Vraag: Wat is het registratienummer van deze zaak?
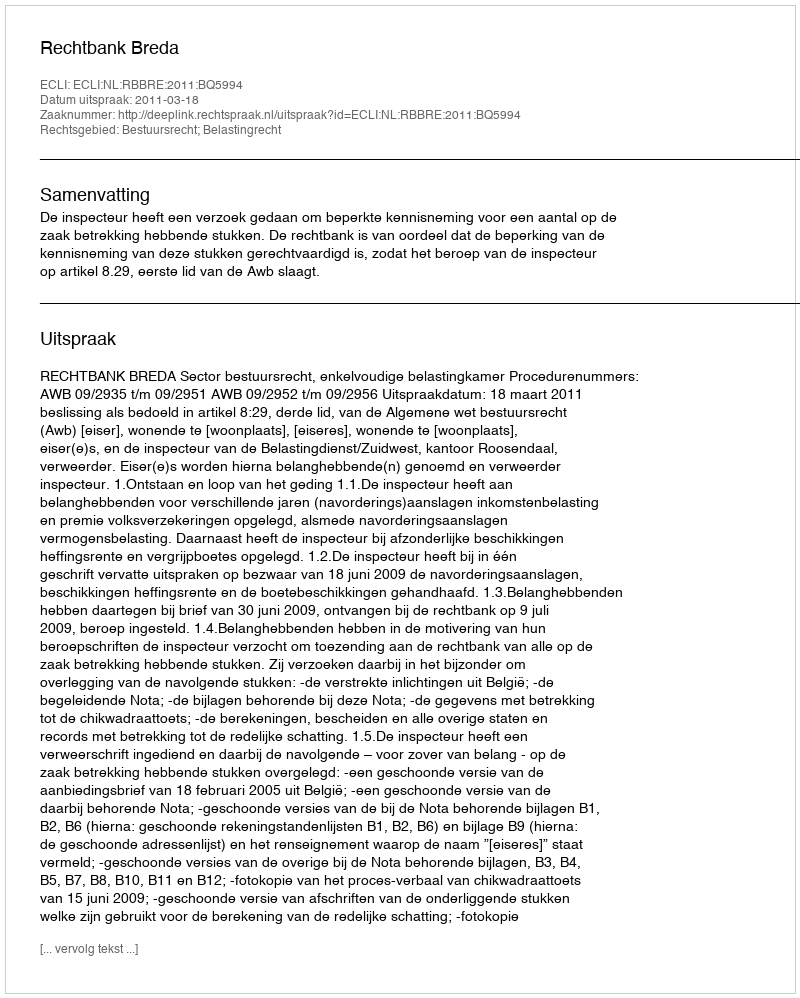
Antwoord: http://deeplink.rechtspraak.nl/uitspraak?id=ECLI:NL:RBBRE:2011:BQ5994